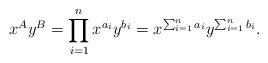
LaTeX: \begin{align*}x^A y^B = \prod_{i=1}^n x^{a_i}y^{b_i} = x^{\sum_{i=1}^n a_i} y^{\sum_{i=1}^n b_i}.\end{align*}